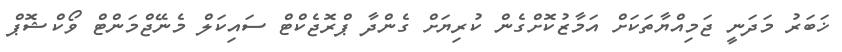
ޚަބަރު މަދަނީ ޖަމިއްޔާތަކަށް އަމާޒުކޮށްގެން ކުރިޔަށް ގެންދާ ޕްރޮޖެކްޓް ސައިކަލް މެނޭޖްމަންޓް ވޯކްޝޮޕް